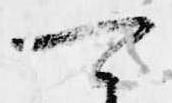
可